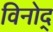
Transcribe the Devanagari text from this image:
विनोद्